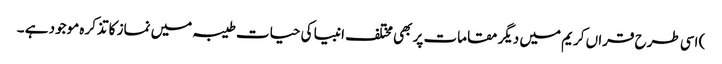
) اسی طرح قراں کریم میں دیگر مقامات پر بھی مختلف انبیا کی حیات طیبہ میں نماز کا تذکرہ موجود ہے ۔